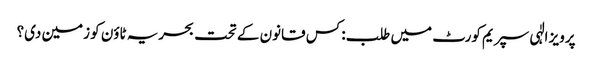
پرویز الٰہی سپریم کورٹ میں طلب: کس قانون کے تحت بحریہ ٹاؤن کو زمین دی؟